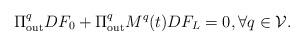
LaTeX: \begin{align*}\Pi^q_{\mathrm{out}} D F_0 + \Pi^q_{\mathrm{out}} M^q(t) D F_L = 0, \forall q \in \mathcal V.\end{align*}